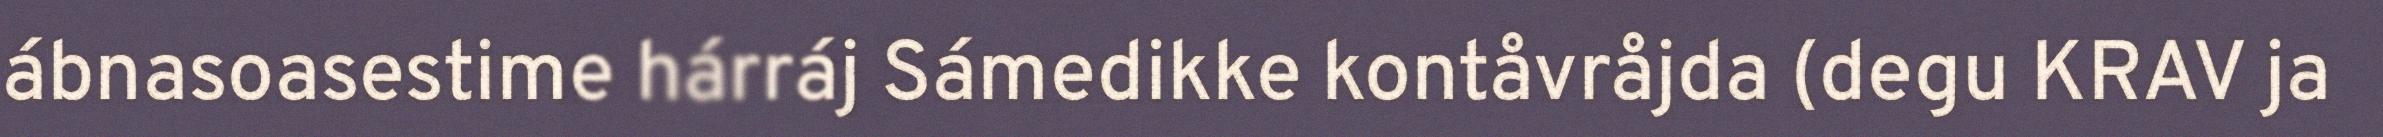
ábnasoasestime hárráj Sámedikke kontåvråjda (degu KRAV ja